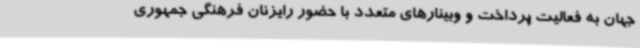
جهان به فعالیت پرداخت و وبینارهای متعدد با حضور رایزنان فرهنگی جمهوری